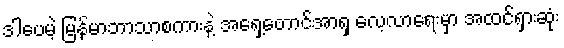
ဒါပေမဲ့ မြန်မာဘာသာစကားနဲ့ အရှေ့တောင်အာရှ လေ့လာရေးမှာ အထင်ရှားဆုံး